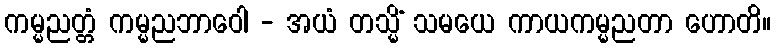
ကမ္မညတ္တံ ကမ္မညဘာဝေါ - အယံ တသ္မိံ သမယေ ကာယကမ္မညတာ ဟောတိ။